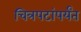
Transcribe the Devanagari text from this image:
चित्रपटांपर्यंत